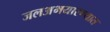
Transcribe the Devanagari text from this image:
जलअभयारण्यात